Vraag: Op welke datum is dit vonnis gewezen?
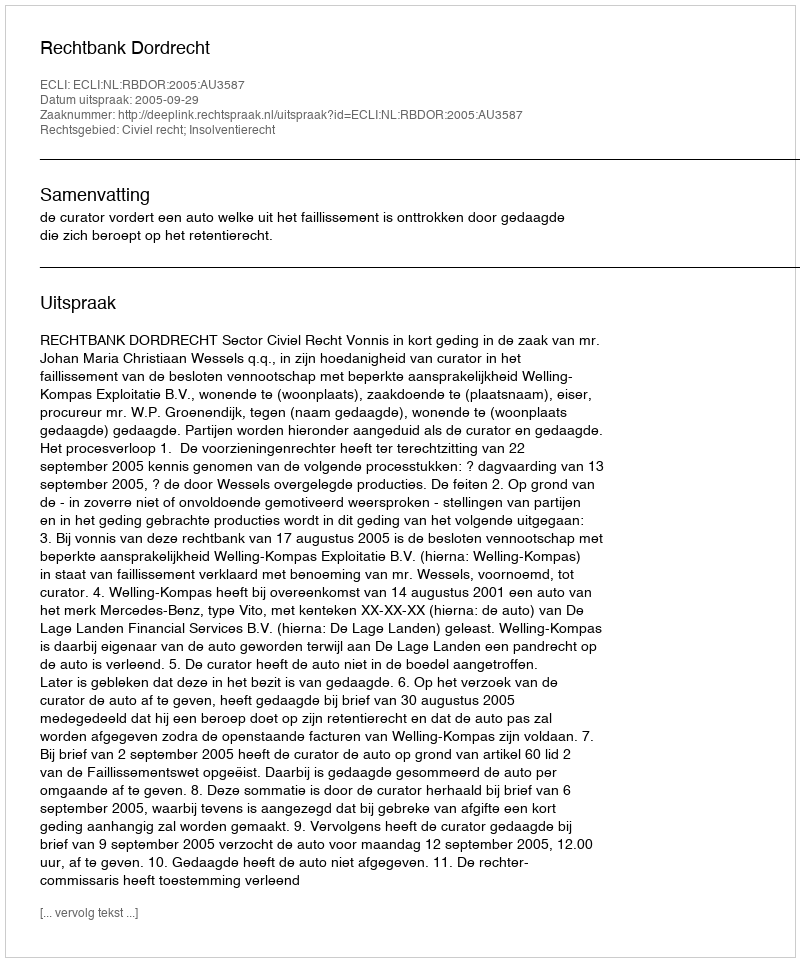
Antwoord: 2005-09-29